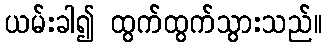
ယမ်းခါ၍ ထွက်ထွက်သွားသည်။